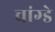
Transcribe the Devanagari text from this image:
चांग्डे